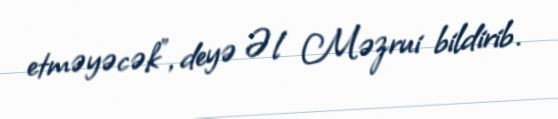
etməyəcək”, deyə Əl Məzrui bildirib.